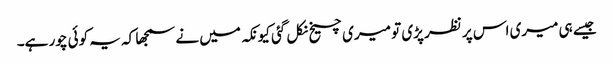
جیسے ہی میری اس پر نظر پڑی تو میری چیخ نکل گئی کیونکہ میں نے سمجھا کہ یہ کوئی چور ہے۔